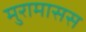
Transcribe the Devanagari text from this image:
मुरामासस